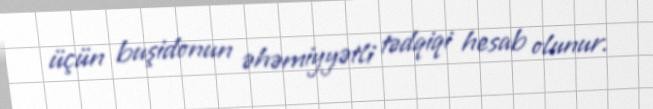
üçün buşidonun əhəmiyyətli tədqiqi hesab olunur.